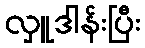
လှူဒါန်းပြီး